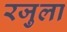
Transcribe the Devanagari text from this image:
रजुला